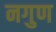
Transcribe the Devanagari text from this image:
नगुण